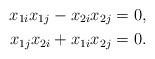
LaTeX: \begin{align*}x_{1i} x_{1j}-x_{2i} x_{2j} = 0, \\x_{1j}x_{2i} + x_{1i} x_{2j} = 0. \end{align*}